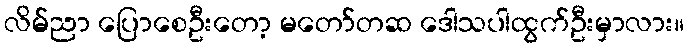
လိမ်ညာ ပြောစေဦးတော့ မတော်တဆ ဒေါသပါထွက်ဦးမှာလား။